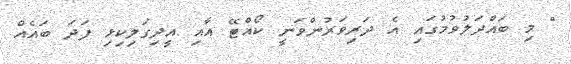
" މި ބައްދަލުވުމުގައި އެ ދަރިވަރުންވަނީ ކޯއްޓޭ އާއި އީދިގަލިކިޅި ފަދަ ބައެއް